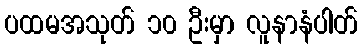
ပထမအသုတ် ၁၀ ဦးမှာ လူနာနံပါတ်